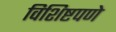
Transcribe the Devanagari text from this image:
विशिष्टपणे